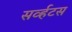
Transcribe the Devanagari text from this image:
सर्व्हटस